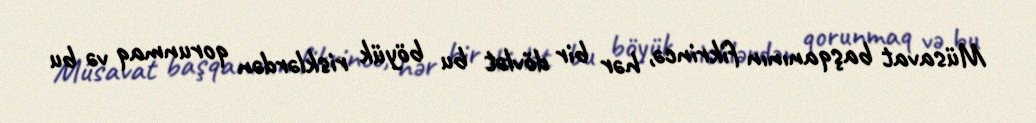
Müsavat başqanının fikrincə, hər bir dövlət bu böyük risklərdən qorunmaq və bu